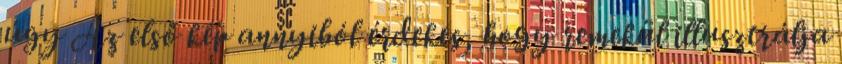
úgy Az első kép annyiból érdekes, hogy remekül illusztrálja